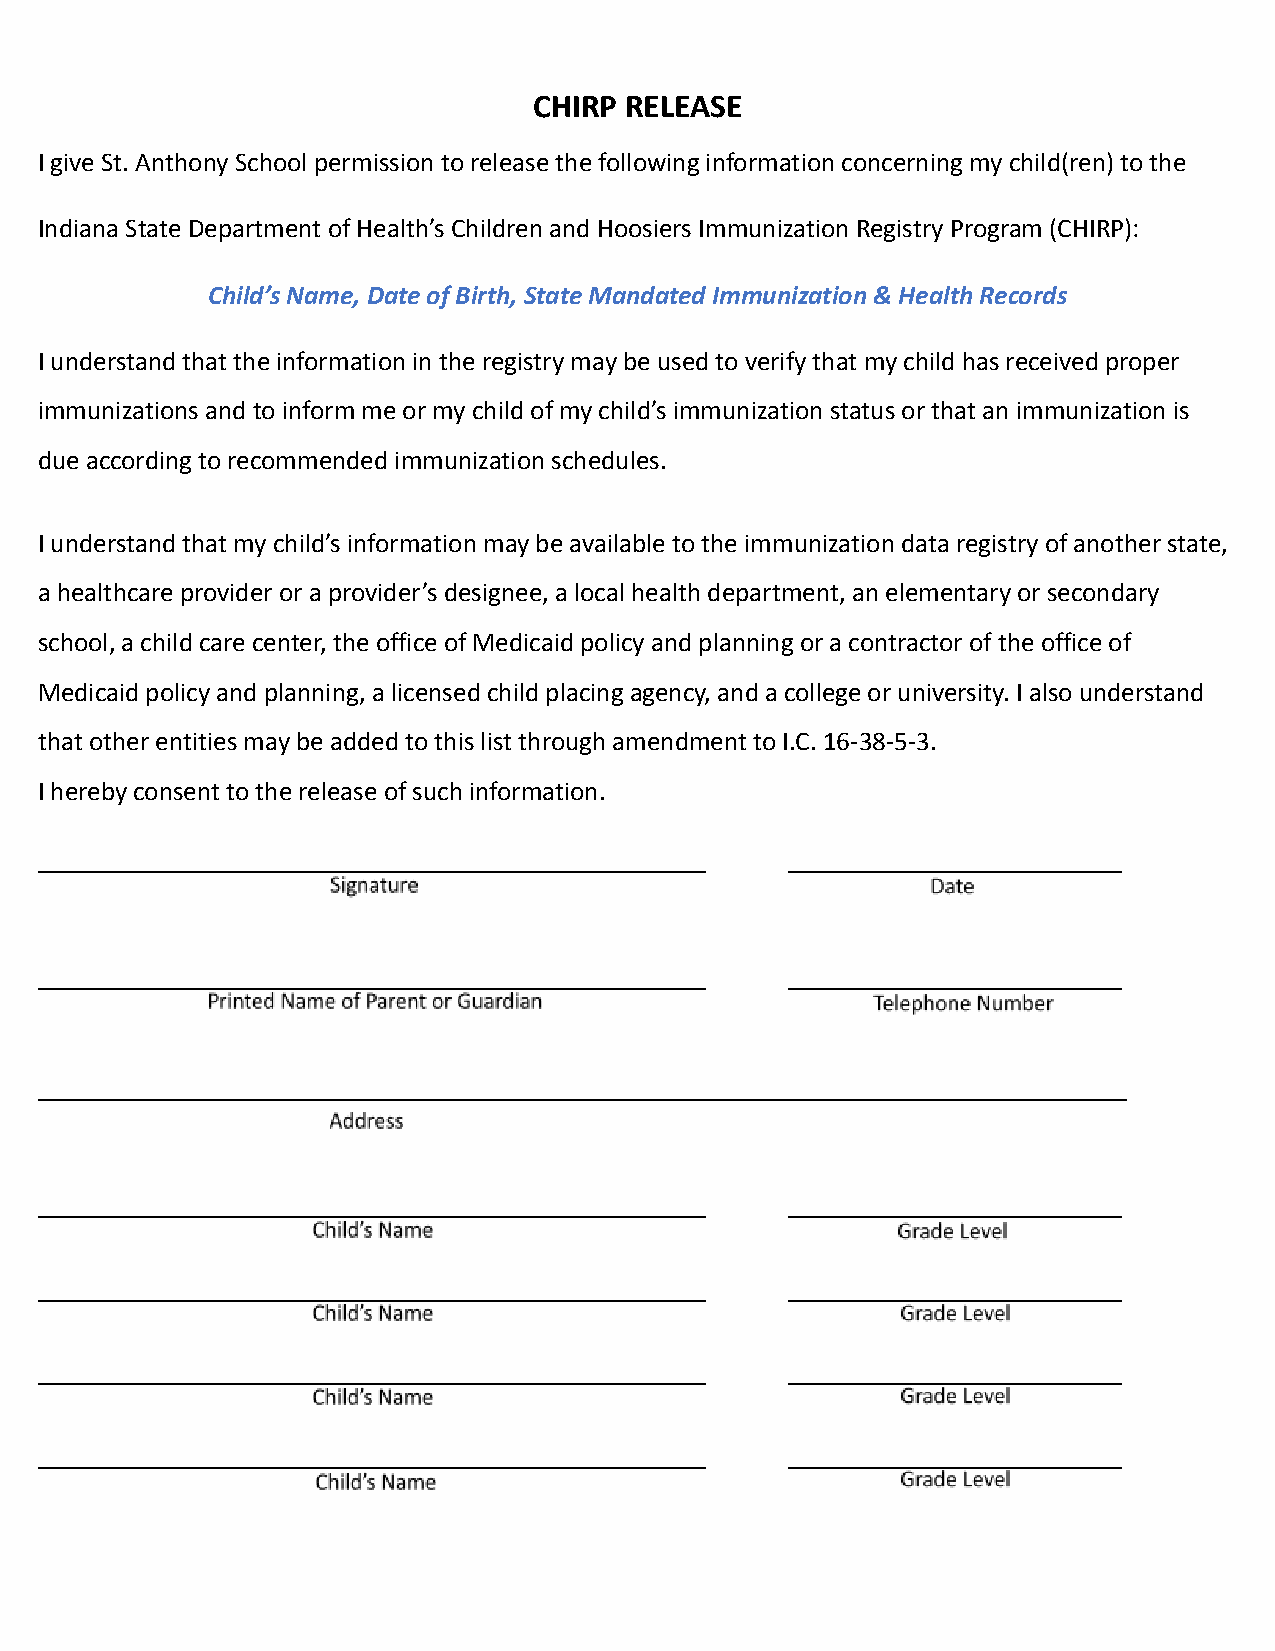
CHIRP RELEASE
 I give St. Anthony School permission to release the following information concerning my child(ren) to the
 Indiana State Department of Health’s Children and Hoosiers Immunization Registry Program (CHIRP):
 Child’s Name, Date of Birth, State Mandated Immunization & Health Records
 I understand that the information in the registry may be used to verify that my child has received proper
 immunizations and to inform me or my child of my child’s immunization status or that an immunization is
 due according to recommended immunization schedules.
 I understand that my child’s information may be available to the immunization data registry of another state,
 a healthcare provider or a provider’s designee, a local health department, an elementary or secondary
 school, a child care center, the office of Medicaid policy and planning or a contractor of the office of
 Medicaid policy and planning, a licensed child placing agency, and a college or university. I also understand
 that other entities may be added to this list through amendment to I.C. 16-38-5-3.
 I hereby consent to the release of such information.
 ______________________________________________    _______________________
 ______________________________________________    _______________________
 ___________________________________________________________________________
 ______________________________________________    _______________________
 ______________________________________________    _______________________
 ______________________________________________    _______________________
 ______________________________________________    _______________________